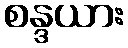
စန္ဒယား